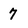
Character: 7